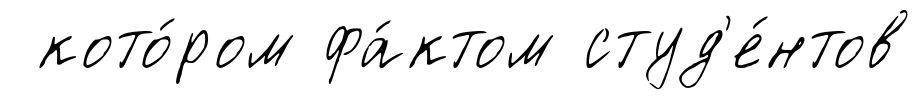
кото́ром фа́ктом студ'е́нтов